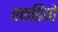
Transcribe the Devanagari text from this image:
वक्ततियो